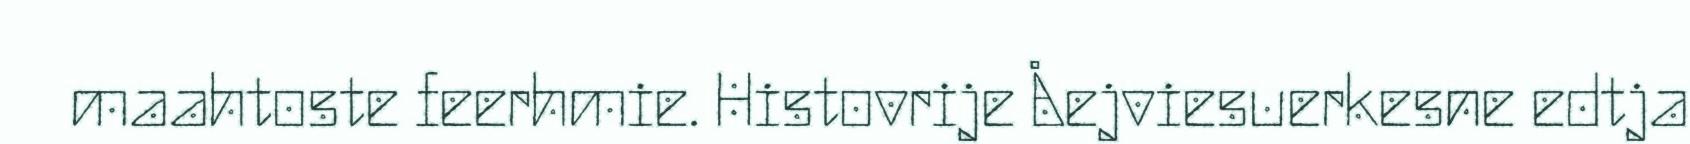
maahtoste feerhmie. Histovrije Åejviesuerkesne edtja